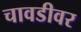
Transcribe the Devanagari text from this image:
चावडीवर